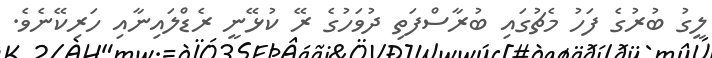
ލީގު ބުރުގެ ފަހު މެޗުގައި ބުރާސްފަތި ދުވަހުގެ ރޭ ކުޅޭނީ ރެޑްލައިނާއި ހަރިކޭނެވެ.